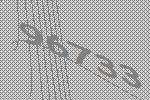
96733